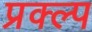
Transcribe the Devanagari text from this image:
प्रक्ल्प